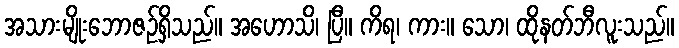
အသားမျိုးဘောဇဉ်ရှိသည်။ အဟောသိ၊ ပြီ။ ကိရ၊ ကား။ သော၊ ထိုနတ်ဘီလူးသည်။